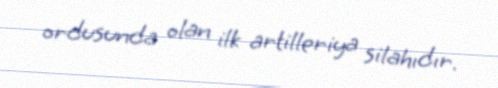
ordusunda olan ilk artilleriya silahıdır.